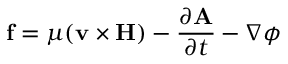
\mathbf { f } = \mu ( \mathbf { v } \times \mathbf { H } ) - { \frac { \partial \mathbf { A } } { \partial t } } - \nabla \phi